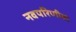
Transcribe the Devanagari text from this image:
नवपरिणीता